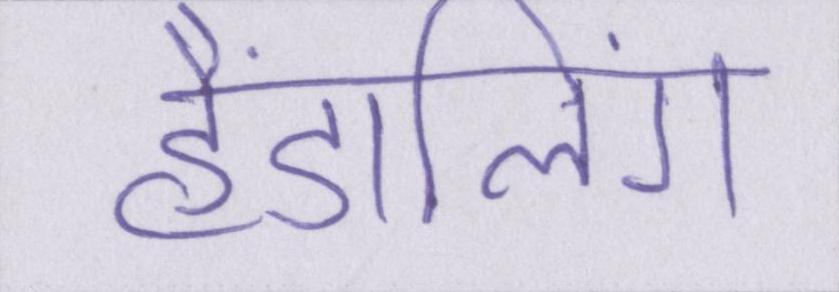
हैंडलिंग